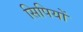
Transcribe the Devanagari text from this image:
सिपियों